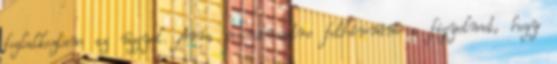
foglalkoztam az üggyel. Arra mindenesetre felhívnám a figyelmet, hogy